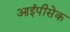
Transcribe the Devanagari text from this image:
आईपीसेक